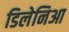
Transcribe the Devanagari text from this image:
डिलेनिआ